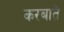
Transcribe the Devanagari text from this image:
करबाते